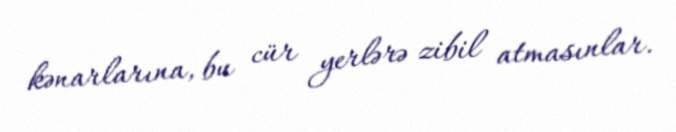
kənarlarına, bu cür yerlərə zibil atmasınlar.